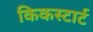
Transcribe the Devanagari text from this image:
किकस्टार्ट